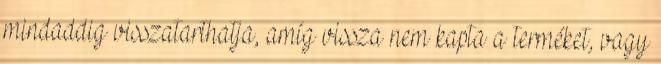
mindaddig visszatarthatja, amíg vissza nem kapta a terméket, vagy